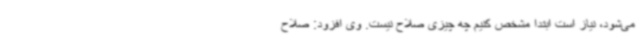
می‌شود، نیاز است ابتدا مشخص کنیم چه چیزی صلاح نیست. وی افزود: صلاح